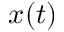
x ( t )